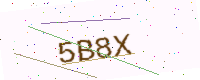
Text: 5B8X